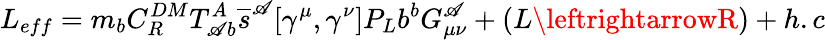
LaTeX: L_{eff}=m_{b}C_{R}^{DM}T_{\mathscr{A}b}^{A}\overline{{{{s}}}}^{\mathscr{A}}[\gamma^{\mu},\gamma^{\nu}]P_{L}b^{b}G_{\mu\nu}^{\mathscr{A}}+(L\leftrightarrowR)+h.c